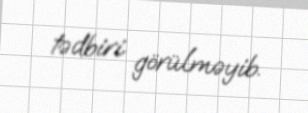
tədbiri görülməyib.